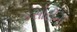
કસોટીની